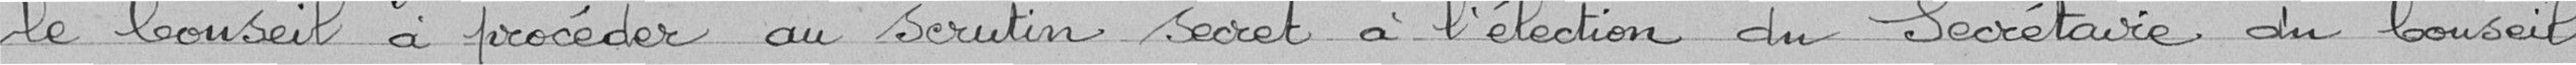
le Conseil à procéder au scrutin secret à l'élection du Secrétaire du Conseil